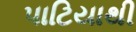
પાટિયાથી